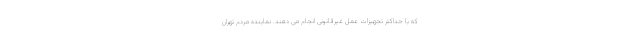
که با حداکثر تجهیزات عمل غیرقانونی انجام می دهند. نماینده مردم تهران